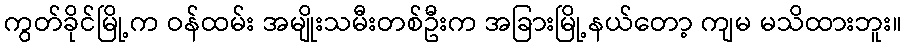
ကွတ်ခိုင်မြို့က ဝန်ထမ်း အမျိုးသမီးတစ်ဦးက အခြားမြို့နယ်တော့ ကျမ မသိထားဘူး။